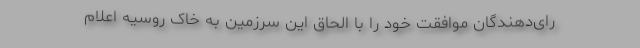
رای‌دهندگان موافقت خود را با الحاق این سرزمین به خاک روسیه اعلام